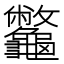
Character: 龞